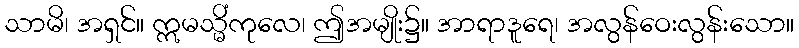
သာမိ၊ အရှင်။ ဣမသ္မိံကုလေ၊ ဤအမျိုး၌။ အာရာဒူရေ၊ အလွန်ဝေးလွန်းသော။